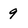
Character: 9